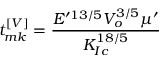
t _ { m k } ^ { \left[ V \right] } = \frac { E ^ { \prime 1 3 / 5 } V _ { o } ^ { 3 / 5 } \mu ^ { \prime } } { K _ { I c } ^ { 1 8 / 5 } }